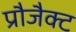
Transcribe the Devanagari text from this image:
प्रौजैक्ट